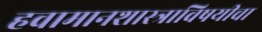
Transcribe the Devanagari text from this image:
हवामानशास्त्राविषयीचा